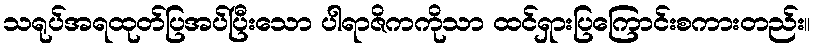
သရုပ်အရထုတ်ပြအပ်ပြီးသော ပါရာဇိကကိုသာ ထင်ရှားပြကြောင်းစကားတည်း။